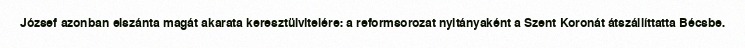
József azonban elszánta magát akarata keresztülvitelére: a reformsorozat nyitányaként a Szent Koronát átszállíttatta Bécsbe.